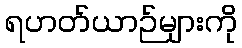
ရဟတ်ယာဉ်များကို